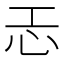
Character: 𢖶